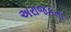
અરાજકતા